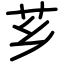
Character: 芗